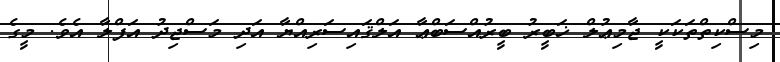
މިސްކިތްތަކަކީ ޖާމިޢުލް ޚަބީރު ބީރުއްސަބްޢާ އަލްޤައިސަރިއްޔާ އަދި މަސްޖިދު އަފްލާ އެވެ. މީގެ